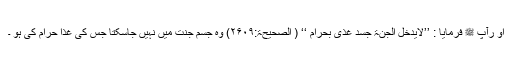
او رآپ ﷺ فرمایا : ’’لایدخل الجنۃ جسد غذی بحرام ‘‘ ( الصحیحۃ:۲۶۰۹) وہ جسم جنت میں نہیں جاسکتا جس کی غذا حرام کی ہو ۔